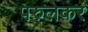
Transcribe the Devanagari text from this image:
परुलेकर